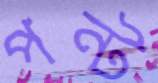
পন্ট